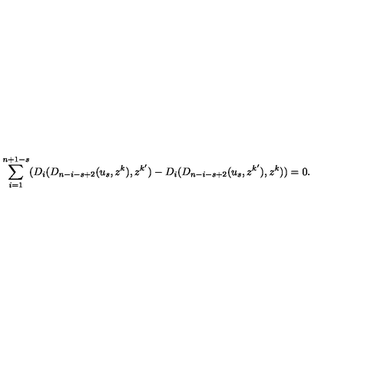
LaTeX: \sum _ { i = 1 } ^ { n + 1 - s } ( D _ { i } ( D _ { n - i - s + 2 } ( u _ { s } , z ^ { k } ) , z ^ { k ^ { \prime } } ) - D _ { i } ( D _ { n - i - s + 2 } ( u _ { s } , z ^ { k ^ { \prime } } ) , z ^ { k } ) ) = 0 .